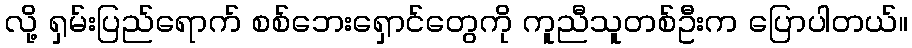
လို့ ရှမ်းပြည်ရောက် စစ်ဘေးရှောင်တွေကို ကူညီသူတစ်ဦးက ပြောပါတယ်။